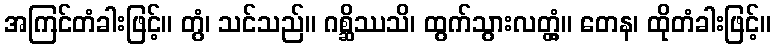
အကြင်တံခါးဖြင့်။ တွံ၊ သင်သည်။ ဂစ္ဆိဿသိ၊ ထွက်သွားလတ္တံ့။ တေန၊ ထိုတံခါးဖြင့်။